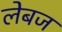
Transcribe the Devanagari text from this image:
लेबज